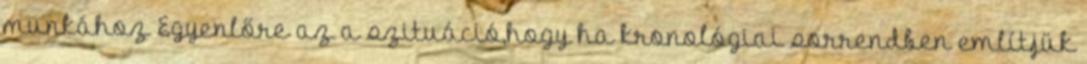
munkához Egyenlőre az a szituáció,hogy ha kronológiai sorrendben említjük